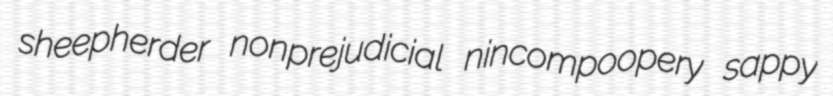
sheepherder nonprejudicial nincompoopery sappy